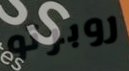
روبرتو